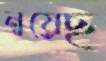
নুয়েছ